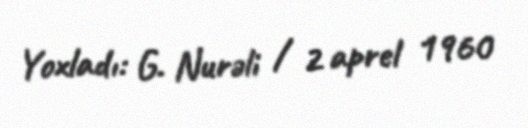
Yoxladı: G. Nurəli / 2 aprel 1960